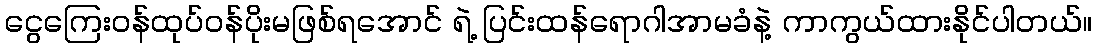
ငွေကြေးဝန်ထုပ်ဝန်ပိုးမဖြစ်ရအောင် ရဲ့ ပြင်းထန်ရောဂါအာမခံနဲ့ ကာကွယ်ထားနိုင်ပါတယ်။